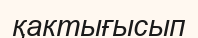
қактығысып